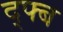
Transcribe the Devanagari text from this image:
द्फ्ब